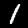
Label: 1